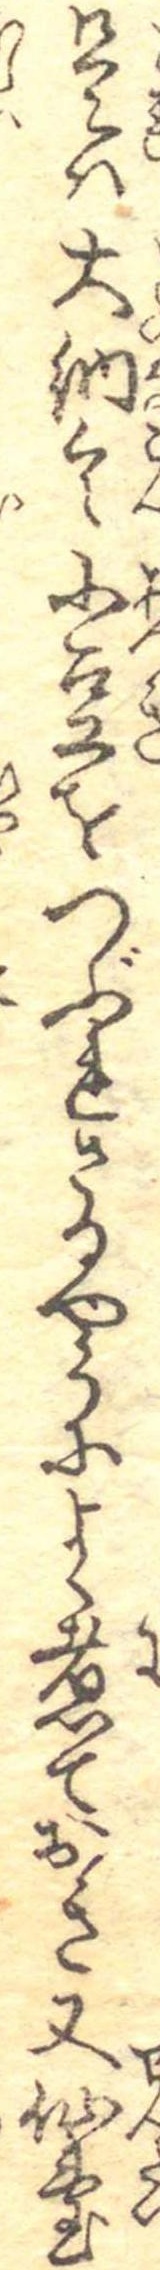
是は大納言小豆をつぶれさるやうによく煮ておき又仙台